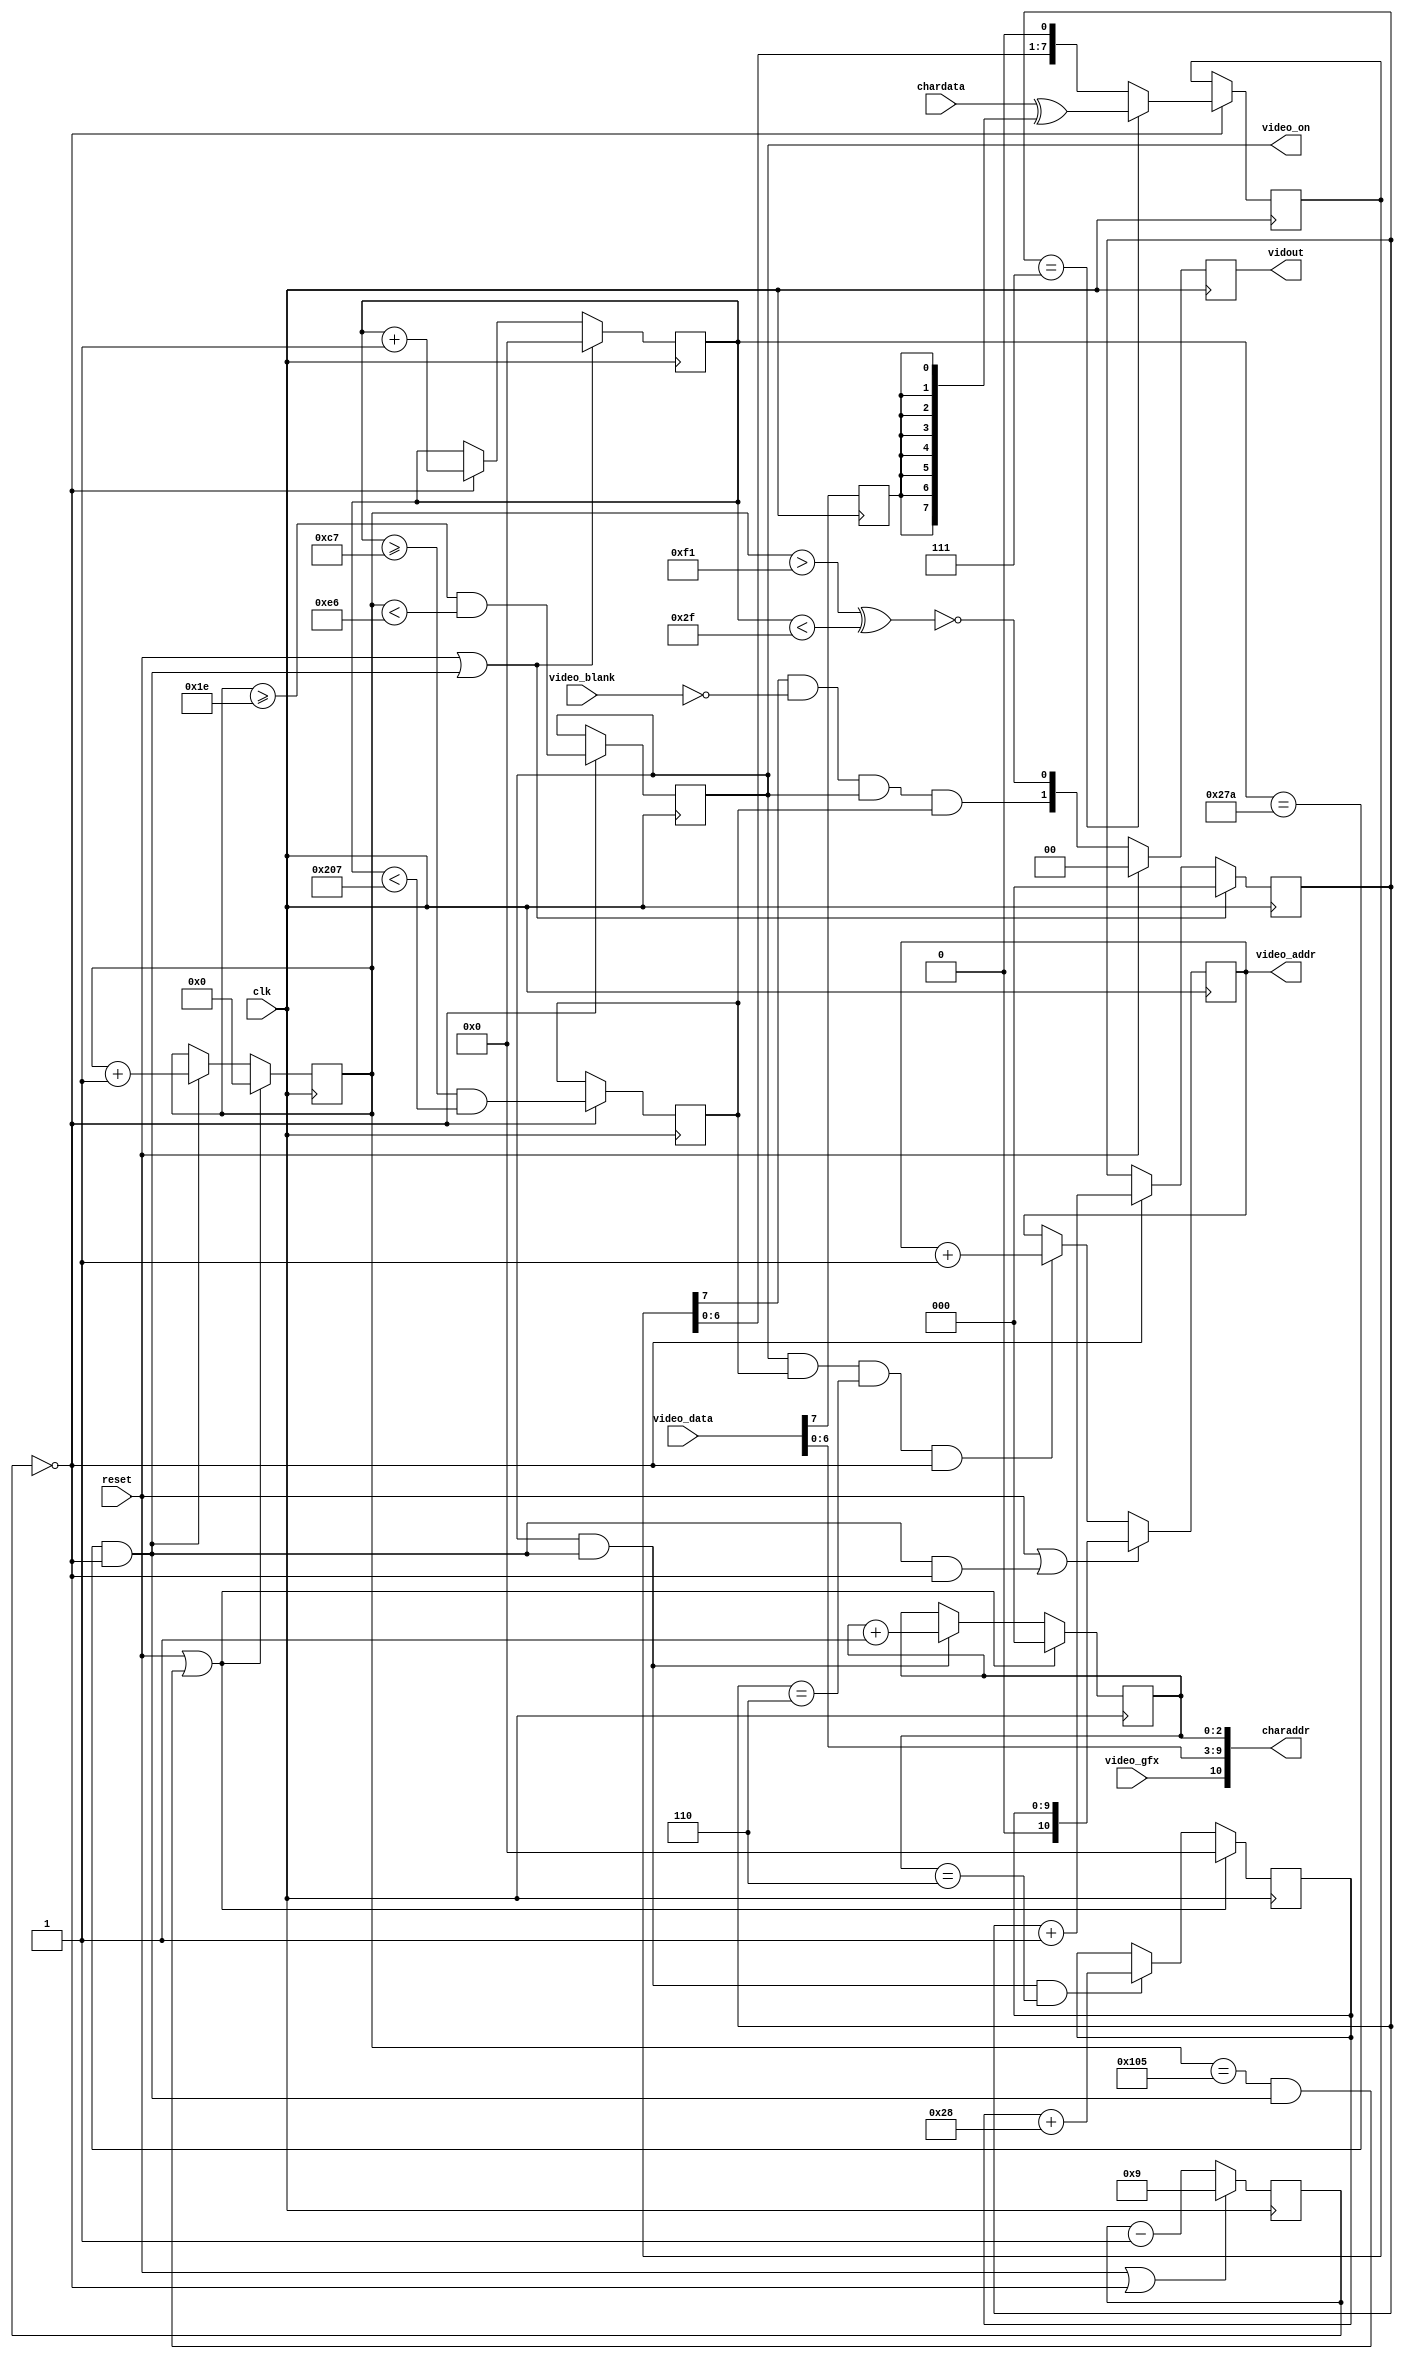
`timescale 1ns / 1ps
//////////////////////////////////////////////////////////////////////////
//
// 
//
// Module Name: pet2001ntsc
//
// Description: Implement Pet 2001 NTSC composite video.  The output is a
//		2-bit value which if wired correctly with a couple resitors
//		will produce the following four voltages:
//   		00 = 0.0v (sync),  01 = 0.3v (black),
//		10 = 0.56v (grey), 11 = 0.9v (white).
//
/////////////////////////////////////////////////////////////////////////////
//////////////////////////////////////////////////////////////////////////////
//
// Copyright (C) 2011, Thomas Skibo.  All rights reserved.
// 
// Redistribution and use in source and binary forms, with or without
// modification, are permitted provided that the following conditions are met:
// * Redistributions of source code must retain the above copyright
//   notice, this list of conditions and the following disclaimer.
// * Redistributions in binary form must reproduce the above copyright
//   notice, this list of conditions and the following disclaimer in the
//   documentation and/or other materials provided with the distribution.
// * The names of contributors may not be used to endorse or promote products
//   derived from this software without specific prior written permission.
// 
// THIS SOFTWARE IS PROVIDED BY THE COPYRIGHT HOLDERS AND CONTRIBUTORS "AS IS"
// AND ANY EXPRESS OR IMPLIED WARRANTIES, INCLUDING, BUT NOT LIMITED TO, THE
// IMPLIED WARRANTIES OF MERCHANTABILITY AND FITNESS FOR A PARTICULAR PURPOSE
// ARE DISCLAIMED. IN NO EVENT SHALL Thomas Skibo OR CONTRIBUTORS BE LIABLE FOR
// ANY DIRECT, INDIRECT, INCIDENTAL, SPECIAL, EXEMPLARY, OR CONSEQUENTIAL
// DAMAGES (INCLUDING, BUT NOT LIMITED TO, PROCUREMENT OF SUBSTITUTE GOODS OR
// SERVICES; LOSS OF USE, DATA, OR PROFITS; OR BUSINESS INTERRUPTION) HOWEVER
// CAUSED AND ON ANY THEORY OF LIABILITY, WHETHER IN CONTRACT, STRICT
// LIABILITY, OR TORT (INCLUDING NEGLIGENCE OR OTHERWISE) ARISING IN ANY WAY
// OUT OF THE USE OF THIS SOFTWARE, EVEN IF ADVISED OF THE POSSIBILITY OF
// SUCH DAMAGE.
//
//////////////////////////////////////////////////////////////////////////////

module pet2001ntsc(output reg [1:0]  vidout,		// Composite video out

		   output reg [10:0] video_addr, 	// Video RAM intf
		   input [7:0] 	     video_data,

                   output [10:0]     charaddr, 		// char rom intf
                   input [7:0] 	     chardata,

                   output 	     video_on, 		// control sigs
                   input 	     video_blank,
                   input 	     video_gfx,

		   input 	     reset,
		   input 	     clk
	   );
   
    /////////////// vert and horiz counters //////////////////////////////
    //
    reg [9:0]	h_counter;
    reg [8:0] 	v_counter;
    wire 	next_line;
    wire 	next_screen;
    
    reg [3:0] 	clk_div_cnt;
    wire 	clk_div;
   
    // Divide clk by 10.  (assumes 100 Mhz clock)
    always @(posedge clk)
	if (reset || clk_div)
            clk_div_cnt <= 4'd9;
	else
            clk_div_cnt <= clk_div_cnt - 1'b1;

    assign clk_div = (clk_div_cnt == 4'd0);
   
    always @(posedge clk)
	if (reset || next_line)
            h_counter <= 10'd0;
	else if (clk_div)
            h_counter <= h_counter + 1'b1;
         
    assign next_line = (h_counter == 10'd634) && clk_div;
   
   
    always @(posedge clk)
	if (reset || next_screen)
            v_counter <= 9'd0;
	else if (next_line)
            v_counter <= v_counter + 1'b1;
         
    assign next_screen = (v_counter == 9'd261) && next_line;

   
    ////////// Pet 320x200 display within 515x262 video
    //
    reg [2:0] 	pixel_xbit;		// 0-7: video bit within byte
    reg [2:0] 	pixel_ybit;		// 0-7: row within char
    reg 	is_pet_row;		// is a row in pet video region
    reg 	is_pet_col;           	// is a column in pet video region

    // "window" within display
    parameter [9:0]
	PET_WINDOW_LEFT =	10'd199,	// mod 8 must be 7.
	PET_WINDOW_RIGHT =	PET_WINDOW_LEFT + 10'd320;
    parameter [8:0]
	PET_WINDOW_TOP =	9'd30,
	PET_WINDOW_BOTTOM =	PET_WINDOW_TOP + 9'd200;

    always @(posedge clk)
	if (clk_div) begin
            is_pet_row <= (v_counter >= PET_WINDOW_TOP &&
			   v_counter < PET_WINDOW_BOTTOM);
            is_pet_col <= (h_counter >= PET_WINDOW_LEFT &&
			   h_counter < PET_WINDOW_RIGHT);
	end

    always @(posedge clk)
	if (reset || next_screen)
            pixel_ybit <= 3'd0;
	else if (is_pet_row && next_line)
            pixel_ybit <= pixel_ybit + 1'b1;

    always @(posedge clk)
	if (reset || next_line)
            pixel_xbit <= 3'd0;
	else if (clk_div)
            pixel_xbit <= pixel_xbit + 1'b1;

    // This signal is used to generate 60hz interrupts and was used on
    // original PET to avoid "snow" on the display by preventing simultaneous
    // reads and writes to video RAM.
    assign video_on = is_pet_row;

    /////////////////////// Video RAM address generator ////////////////////
    //

    // Keeps the video address of the leftmost character in current row.
    reg [9:0]	video_row_addr;
    always @(posedge clk)
	if (reset || next_screen)
            video_row_addr <= 10'd0;
	else if (is_pet_row && next_line && pixel_ybit == 3'b110)
            video_row_addr <= video_row_addr + 6'd40;

    // Keeps the video address of the current character.  Scans through
    // each row 8 times before video_row_addr is incremented.
    always @(posedge clk)
	if (reset || (next_line && clk_div))
            video_addr <= { 1'b0, video_row_addr };
	else if (is_pet_row && is_pet_col && pixel_xbit == 3'd6 && clk_div)
            video_addr <= video_addr + 1'b1;

    // Generate an address into the character ROM.
    assign charaddr = { video_gfx, video_data[6:0], pixel_ybit[2:0] };

    // Is current character reverse video?
    reg	char_invert;
    always @(posedge clk)
        char_invert <= video_data[7];

    // Shift register is loaded with character ROM data and spit out to screen.
    reg [7:0] 	chardata_r;
    always @(posedge clk)
	if (clk_div) begin
            if (pixel_xbit == 3'd7)
		chardata_r <= chardata ^ {8{char_invert}};
            else
		chardata_r <= { chardata_r[6:0], 1'b0 };
	end
    
    //////////////////////////////// Video Logic ////////////////////////////
    //
    wire pixel = chardata_r[7] & ~video_blank;
    wire sync_pulse = (h_counter < 10'd47);
    wire vert_sync = (v_counter > 9'd241);

    always @(posedge clk)
	if (reset)
	    vidout <= 2'b00;
	else
	    vidout <= { (pixel && is_pet_row && is_pet_col),
			~(vert_sync ^ sync_pulse) };

endmodule // pet2001ntsc